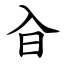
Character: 㒲